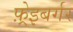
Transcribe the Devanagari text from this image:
फ़्रेइबर्गर